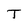
Character: T